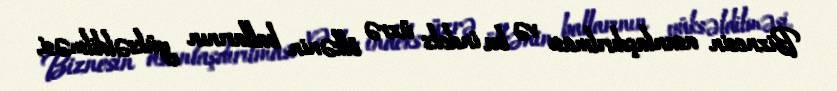
Biznesin asanlaşdırılması və bu indeks üzrə ölkənin ballarının yüksəldilməsi,